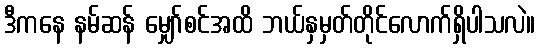
ဒီကနေ နမ်ဆန် မျှော်စင်အထိ ဘယ်နှမှတ်တိုင်လောက်ရှိပါသလဲ။